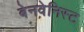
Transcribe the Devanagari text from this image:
बेनवेनिस्ट